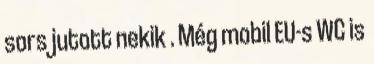
sors jutott nekik . Még mobil EU-s WC is